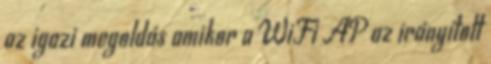
az igazi megoldás amikor a WiFi AP az irányított